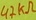
Text: 47KΩ